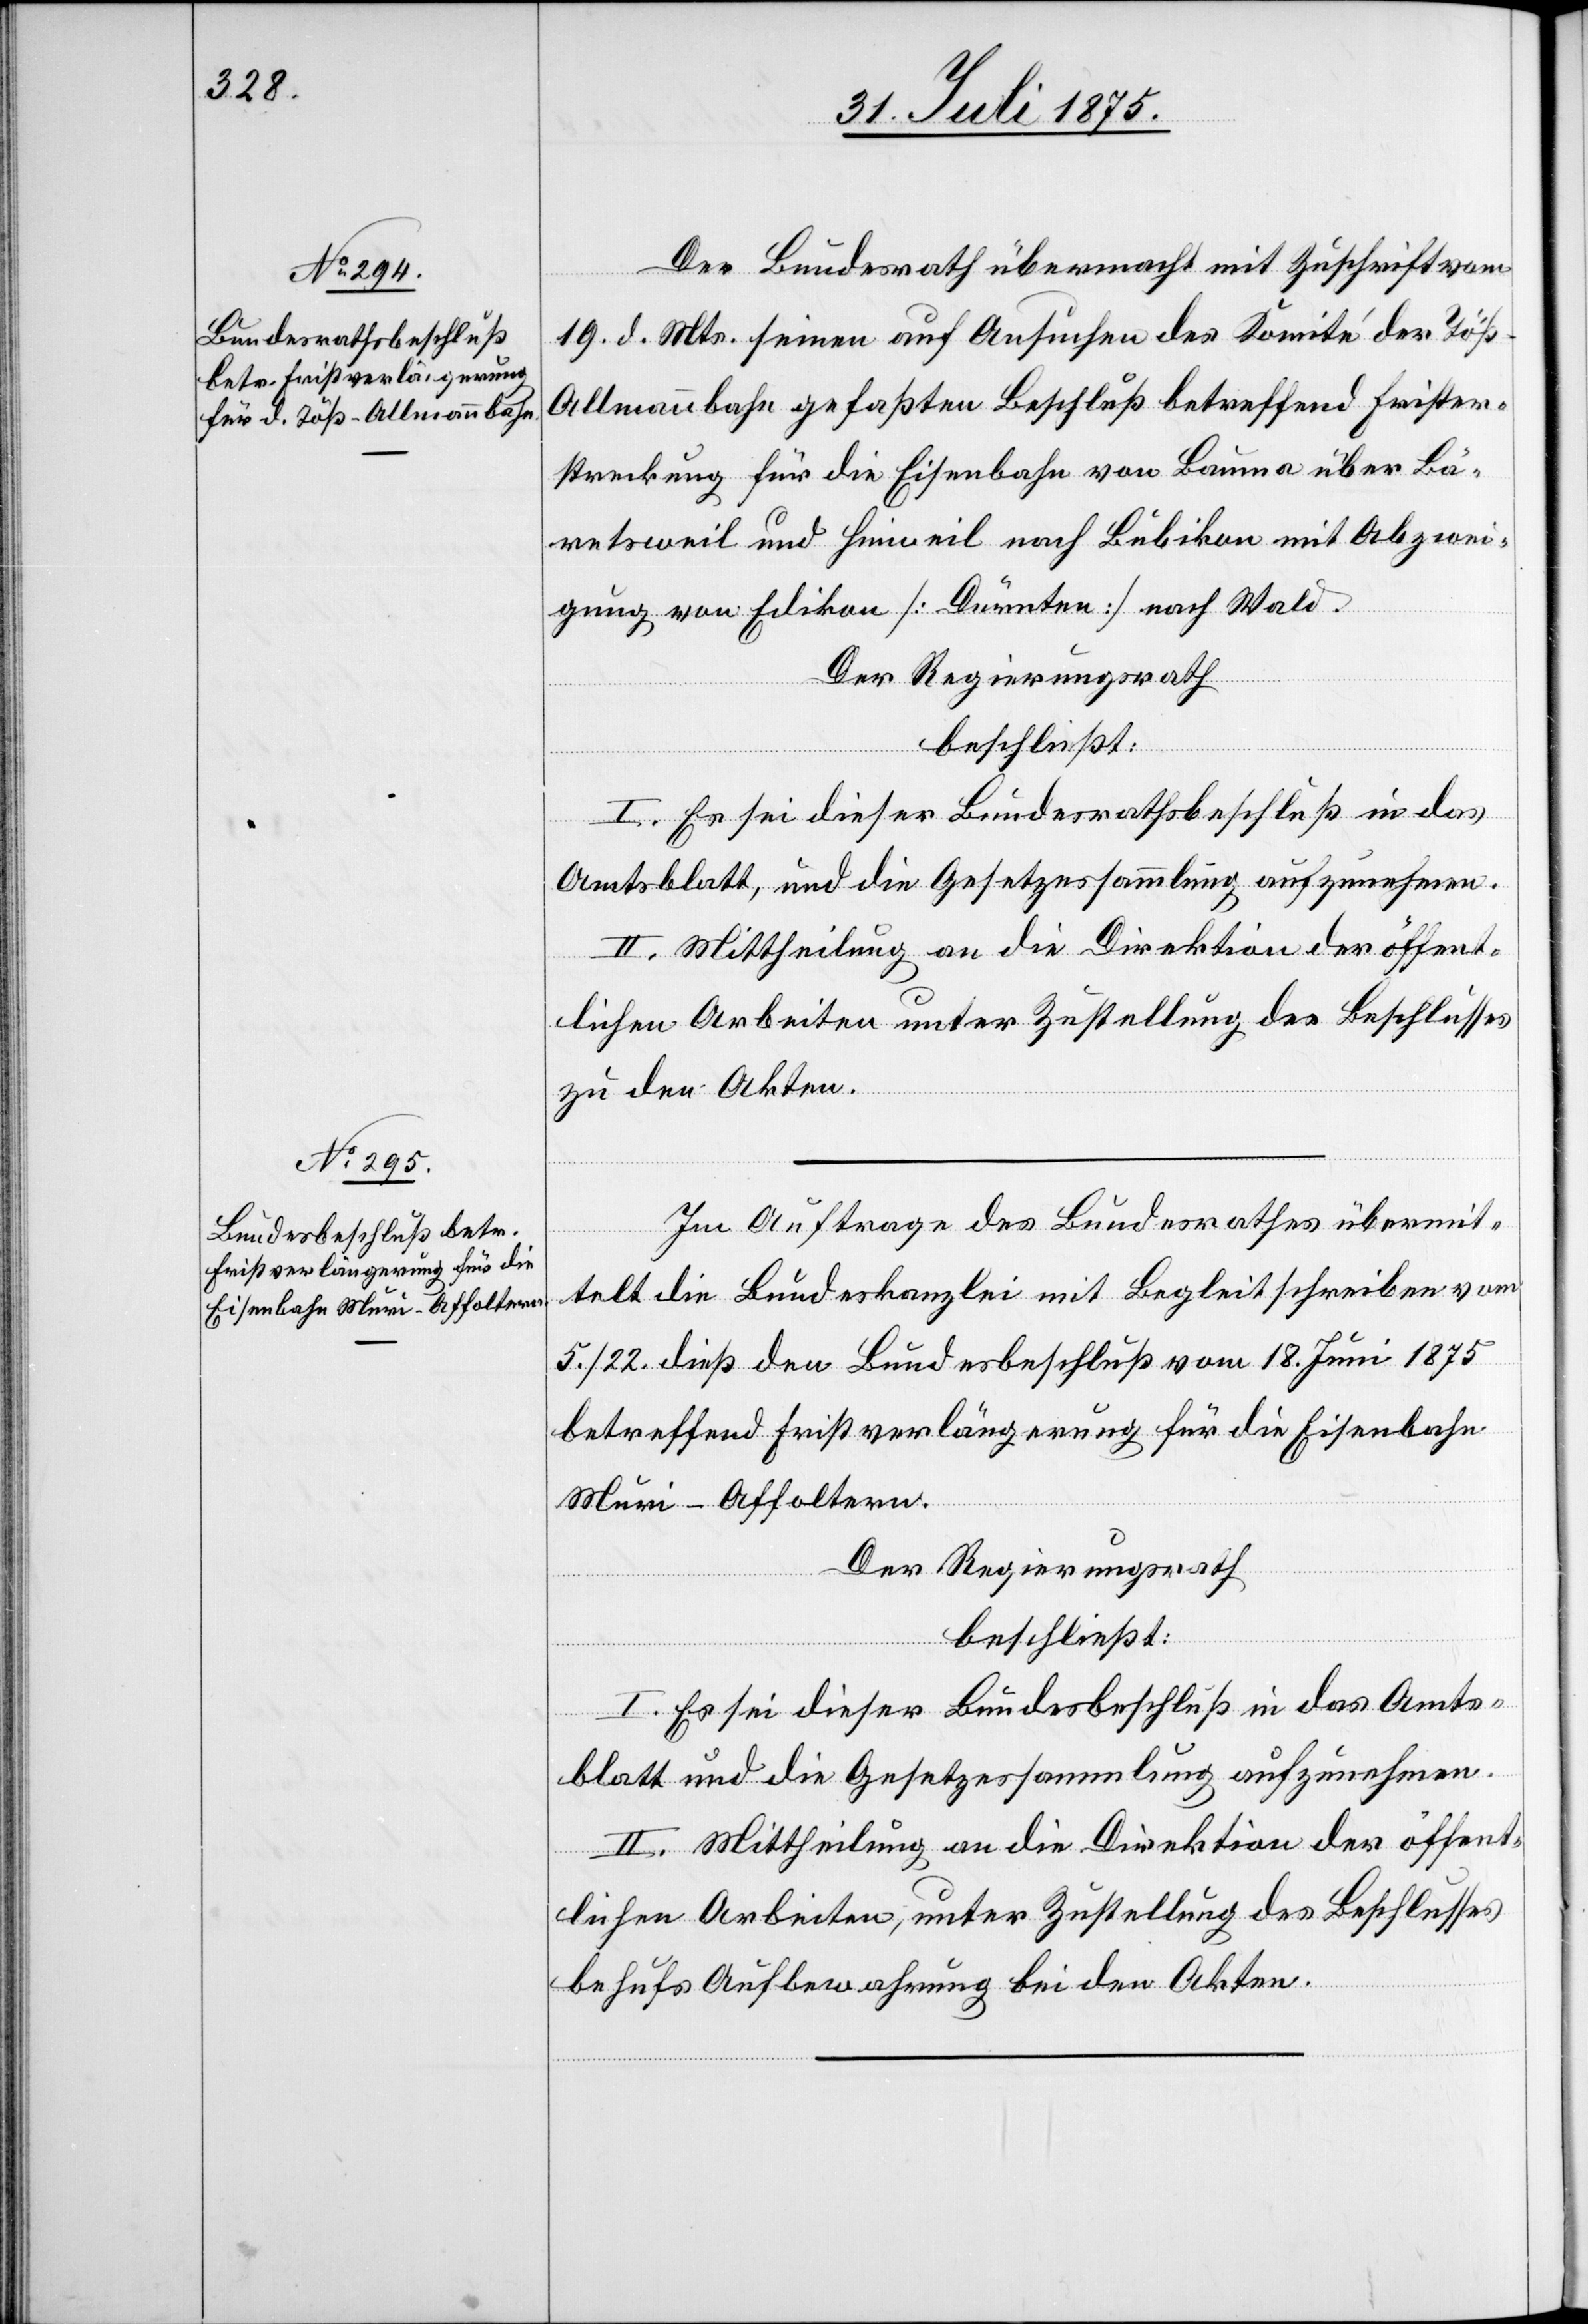
Der Bundesrath übermacht mit Zuschrift vom
19. d. Mts. seinen auf Ansuchen des Komitee der Töß-A¬
llmannbahn gefaßten Beschluß betreffend Frister¬
streckung für die Eisenbahn von Bauma über Bä¬
retsweil und Hinweil nach Bubikon mit Abzwei¬
gung von Edikon [Dürnten] nach Wald.
Der Regierungsrath,
beschließt:
I. Es sei dieser Bundesrathsbeschluß in das
Amtsblatt, und die Gesetzessammlung aufzunehmen.
II. Mittheilung an die Direktion der öffent¬
lichen Arbeiten unter Zustellung des Beschlusses
zu den Akten.
Im Auftrage des Bundesrathes übermit¬
telt die Bundeskanzlei mit Begleitschreiben vom
5./22. dieß den Bundesbeschluß vom 18. Juni 1875
betreffend Fristverlängerung für die Eisenbahn
Muri–Affoltern.
Der Regierungsrath,
beschließt:
I. Es sei dieser Bundesbeschluß in das Amts¬
blatt und die Gesetzessammlung aufzunehmen.
II. Mittheilung an die Direktion der öffent¬
lichen Arbeiten, unter Zustellung des Beschlusses
behufs Aufbewahrung bei den Akten.